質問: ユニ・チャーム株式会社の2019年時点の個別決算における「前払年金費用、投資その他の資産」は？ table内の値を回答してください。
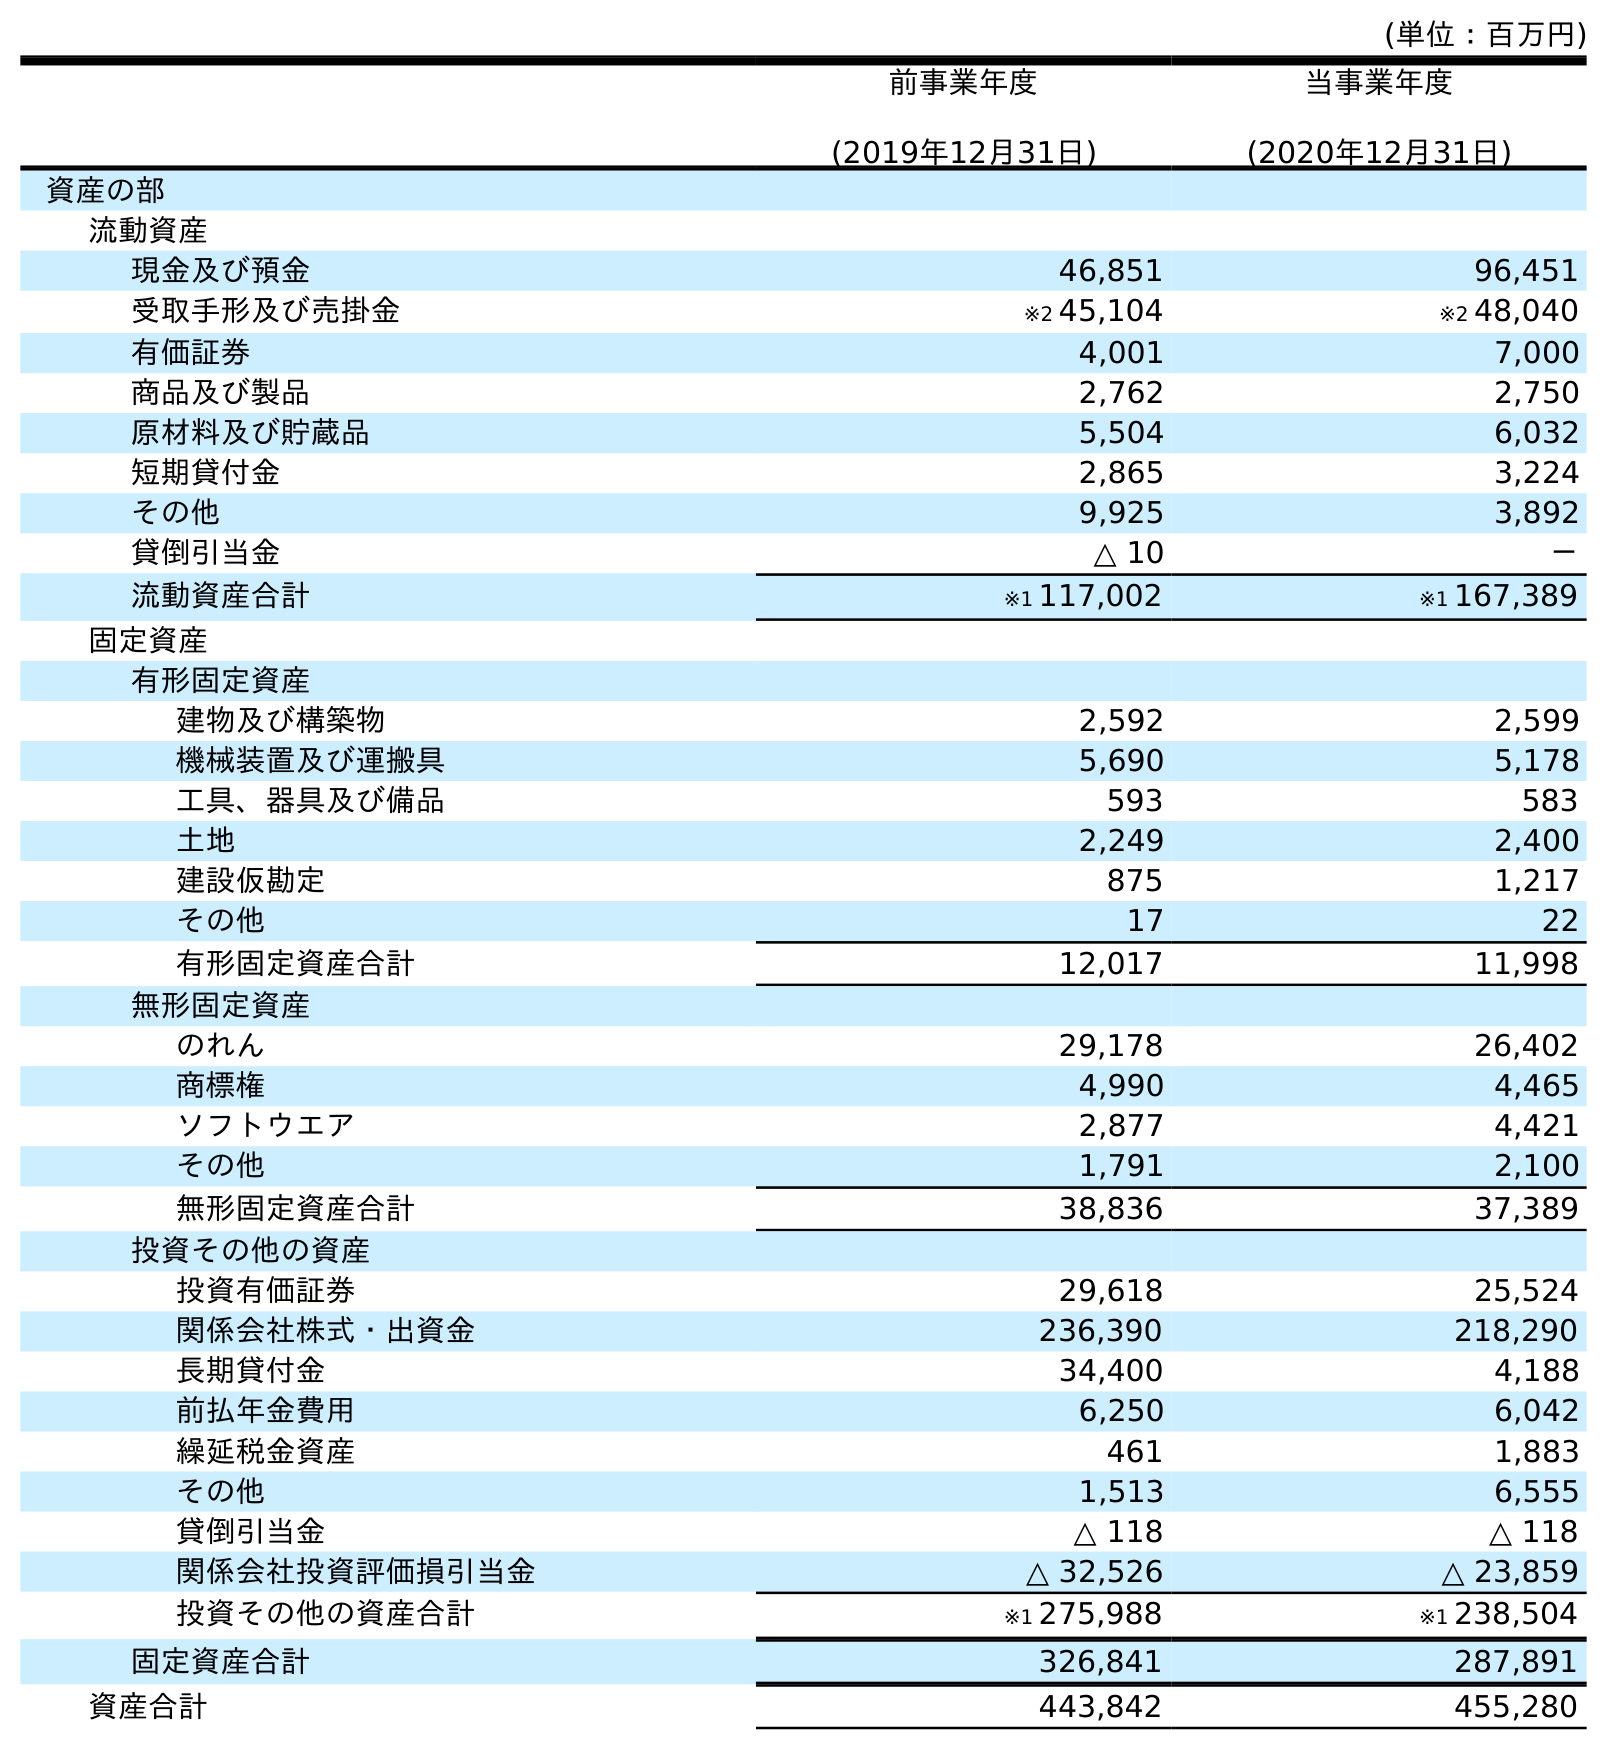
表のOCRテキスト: (単位：百万円) 前事業年度 (2019年12月31日) 当事業年度 (2020年12月31日) 資産の部 流動資産 現金及び預金 46,851 96,451 受取手形及び売掛金 ※2 45,104 ※2 48,040 有価証券 4,001 7,000 商品及び製品 2,762 2,750 原材料及び貯蔵品 5,504 6,032 短期貸付金 2,865 3,224 その他 9,925 3,892 貸倒引当金 △ 10 － 流動資産合計 ※1 117,002 ※1 167,389 固定資産 有形固定資産 建物及び構築物 2,592 2,599 機械装置及び運搬具 5,690 5,178 工具、器具及び備品 593 583 土地 2,249 2,400 建設仮勘定 875 1,217 その他 17 22 有形固定資産合計 12,017 11,998 無形固定資産 のれん 29,178 26,402 商標権 4,990 4,465 ソフトウエア 2,877 4,421 その他 1,791 2,100 無形固定資産合計 38,836 37,389 投資その他の資産 投資有価証券 29,618 25,524 関係会社株式・出資金 236,390 218,290 長期貸付金 34,400 4,188 前払年金費用 6,250 6,042 繰延税金資産 461 1,883 その他 1,513 6,555 貸倒引当金 △ 118 △ 118 関係会社投資評価損引当金 △ 32,526 △ 23,859 投資その他の資産合計 ※1 275,988 ※1 238,504 固定資産合計 326,841 287,891 資産合計 443,842 455,280
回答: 6,250